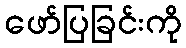
ဖော်ပြခြင်းကို